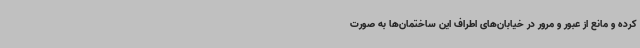
کرده و مانع از عبور و مرور در خیابان‌های اطراف این ساختمان‌ها به صورت